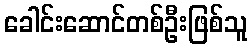
ခေါင်းဆောင်တစ်ဦးဖြစ်သူ